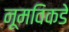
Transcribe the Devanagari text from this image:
नूमविकडे